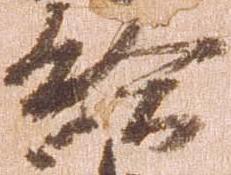
給